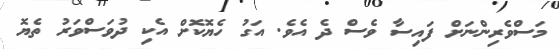
މަސްވެރިންނަށް ފައިސާ ވެސް ދެ އެވެ. އަގު ހެޔޮކޮށް އެކި ދުވަސްވަރު ތެޔޮ